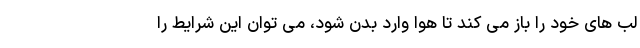
لب های خود را باز می کند تا هوا وارد بدن شود، می توان این شرایط را